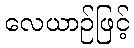
လေယာဉ်ဖြင့်